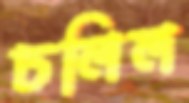
ঢলিল